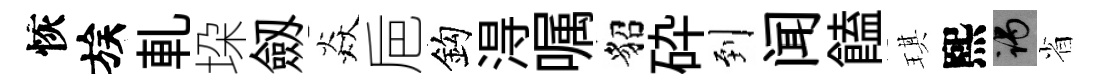
恢族軋垜劔焱巵鈎淂嘱貂砕到闻饁琪熙谒省